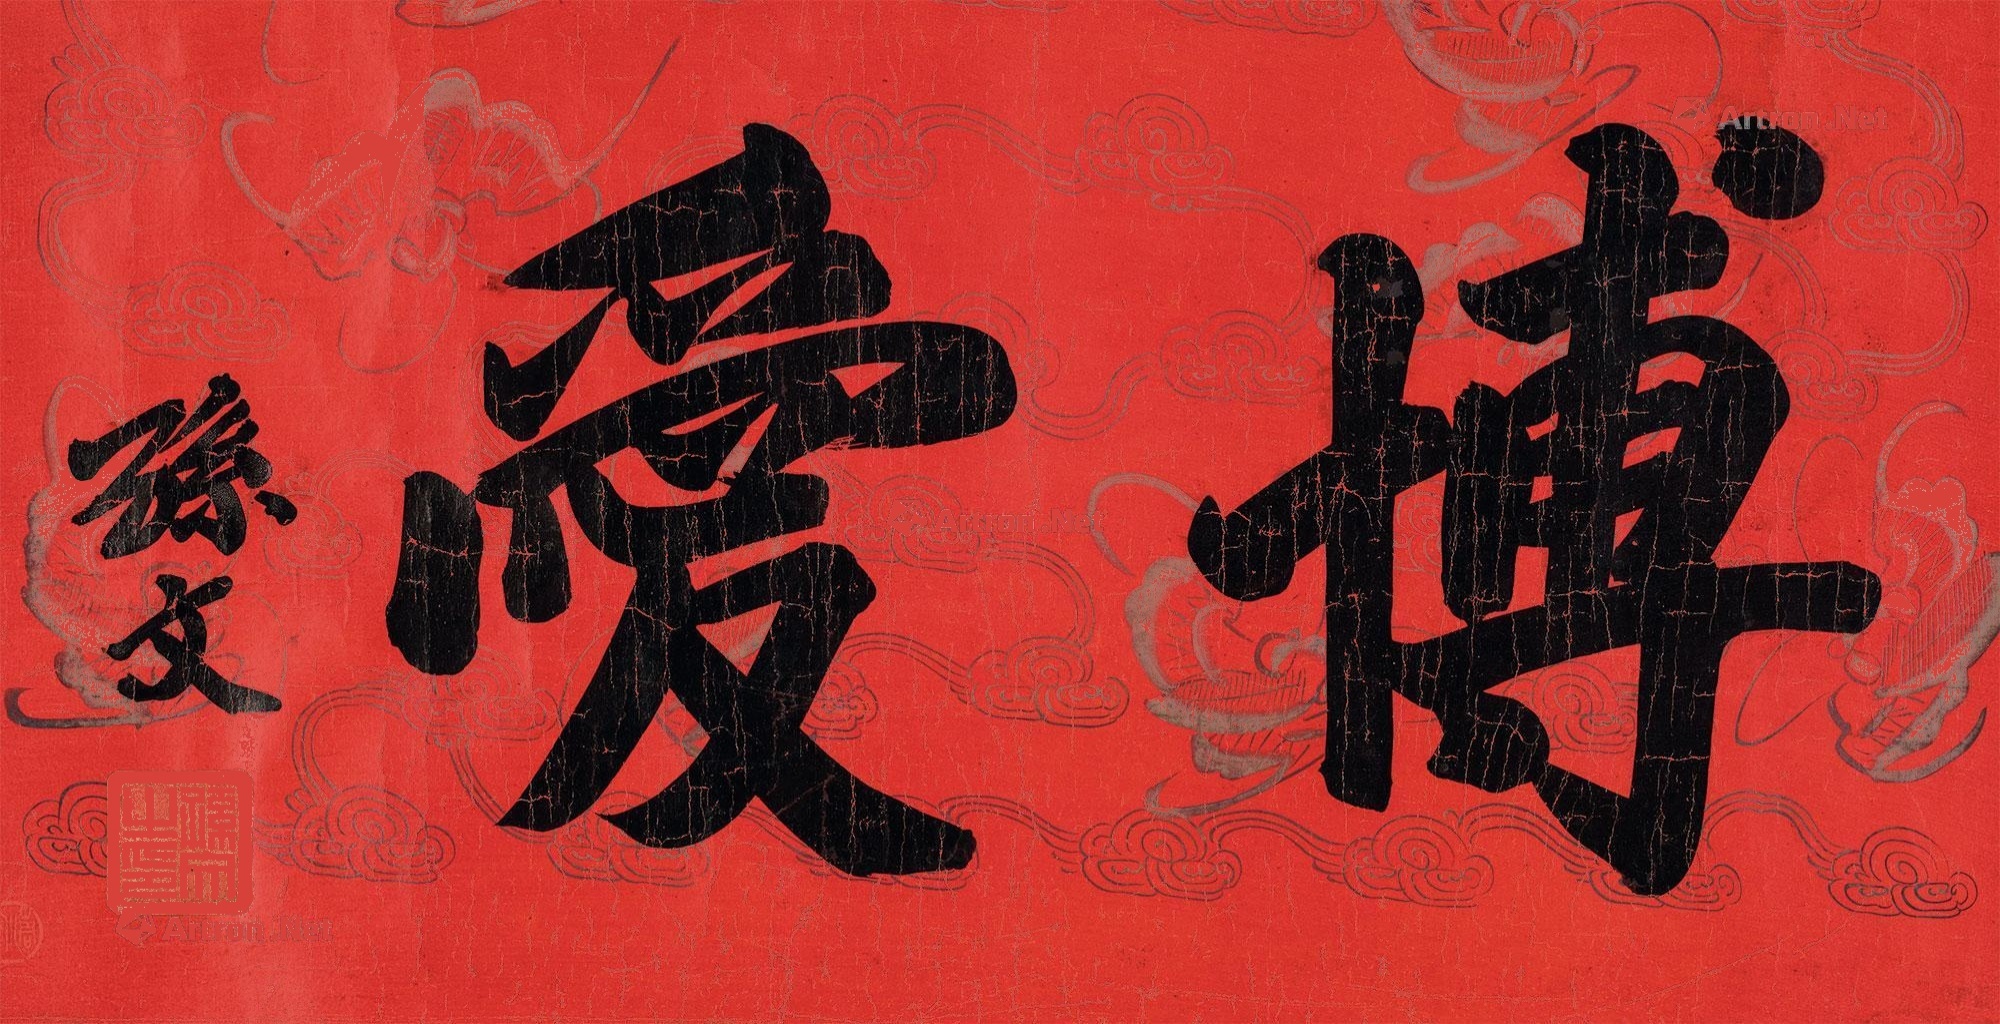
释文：博爱孙文。